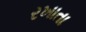
રખાતા